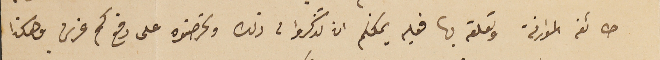
طائفة الموارنة وتعلقه بها فعليه يمكنكم ان تذكروا لى ذلك وتحرضوه على دفع كم غرش وهكذا